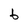
Character: b